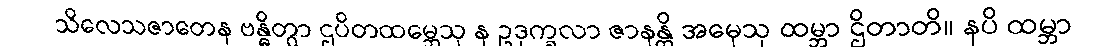
သိလေသဇာတေန ဗန္ဓိတွာ ဌပိတထမ္ဘေသု န ဥဒုက္ခလာ ဇာနန္တိ အမှေသု ထမ္ဘာ ဌိတာတိ။ နပိ ထမ္ဘာ